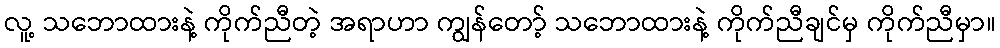
လူ့ သဘောထားနဲ့ ကိုက်ညီတဲ့ အရာဟာ ကျွန်တော့် သဘောထားနဲ့ ကိုက်ညီချင်မှ ကိုက်ညီမှာ။